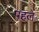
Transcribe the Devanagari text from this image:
पहल॓